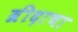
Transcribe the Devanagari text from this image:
ब्रीदाचा